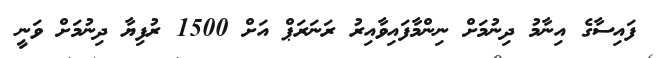
ފައިސާގެ އިނާމު ދިނުމަށް ނިންމާފައިވާއިރު ރަނަރަޕް އަށް 1500 ރުފިޔާ ދިނުމަށް ވަނީ